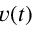
v ( t )